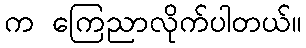
က ကြေညာလိုက်ပါတယ်။